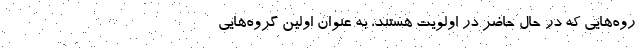
روه‌هایی که در حال حاضر در اولویت هستند، به عنوان اولین گروه‌هایی